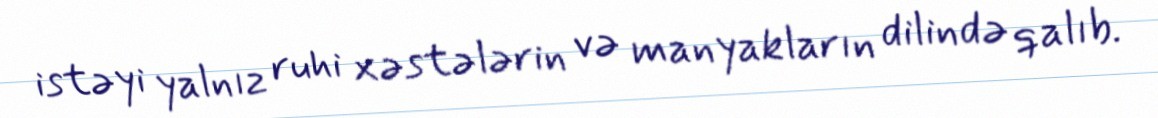
istəyi yalnız ruhi xəstələrin və manyakların dilində qalıb.